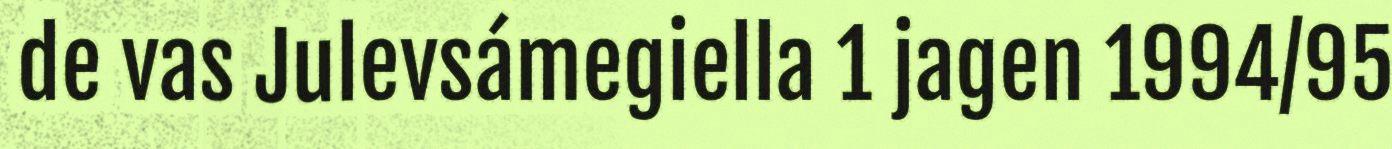
de vas Julevsámegiella 1 jagen 1994/95